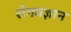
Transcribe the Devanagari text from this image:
रोगवज्ञान